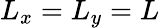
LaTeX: L_{x}=L_{y}=L